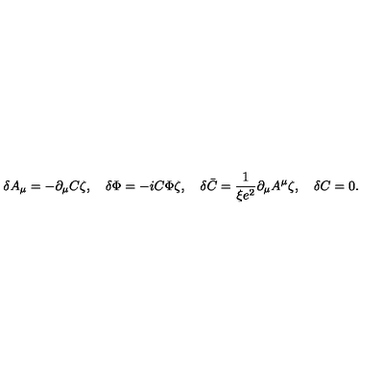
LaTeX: \delta A _ { \mu } = - \partial _ { \mu } C \zeta , \quad \delta \Phi = - i C \Phi \zeta , \quad \delta \bar { C } = \frac { 1 } { \xi e ^ { 2 } } \partial _ { \mu } A ^ { \mu } \zeta , \quad \delta C = 0 .